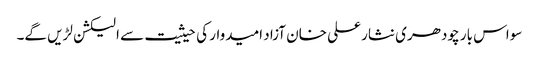
سواس بار چودھری نثار علی خان آزاد امیدوار کی حیثیت سے الیکشن لڑیں گے۔